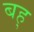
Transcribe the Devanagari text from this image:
बह्